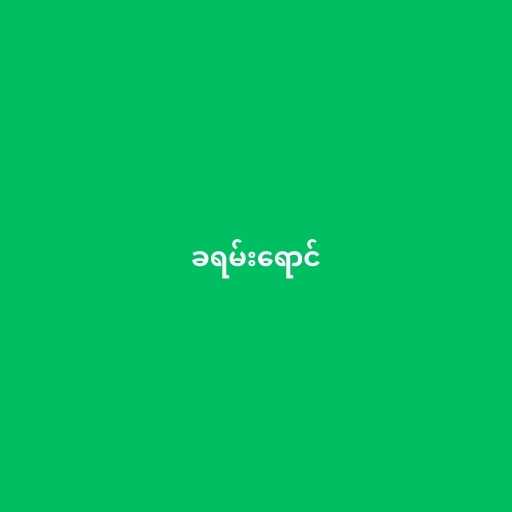
ခရမ်းရောင်